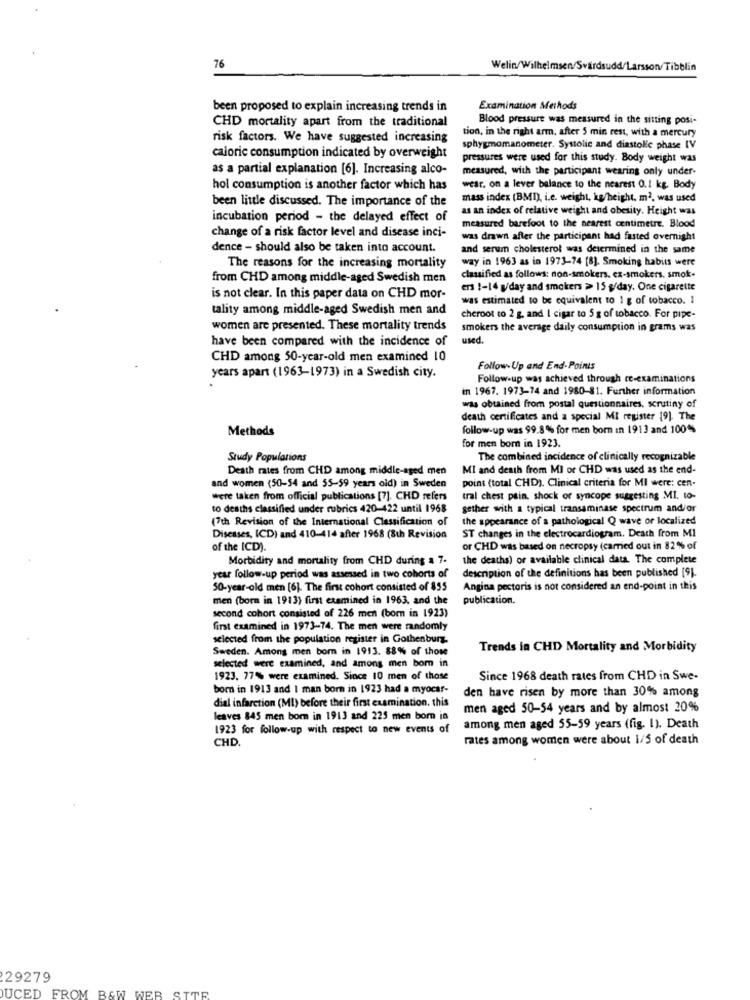
76
Welin/Wilhelmsen/Svärdsudd/Larsson/Tibblin
been proposed to explain increasing trends in
Examination Methods
CHD mortality apart from the traditional
Blood pressure was measured in the sitting posi-
tion, in the right arm, after 5 min rest, with a mercury
risk factors. We have suggested increasing
sphygmomanometer. Systolic and diastolic phase IV
caloric consumption indicated by overweight
pressures were used for this study. Body weight was
as a partial explanation [6]. Increasing alco-
measured, with the participant wearing only under-
hol consumption is another factor which has
wear. on a lever balance to the nearest 0.1 kg. Body
been little discussed. The importance of the
mass index (BMI), i.e. weight, kg/height, m2, was used
as an index of relative weight and obesity. Height was
incubation period - the delayed effect of
measured barefoot to the nearest centimetre. Blood
change of a risk factor level and disease inci-
was drawn after the participant had fasted overnight
dence - should also be taken into account.
and serum cholesterol was determined in the same
way in 1963 as in 1973-74 [8]. Smoking habits were
The reasons for the increasing mortality
from CHD among middle-aged Swedish men
classified as follows: non-smokers. cz-smokers, smok.
ers !- 14 g/day and smokers > 15 g/day. One cigarette
is not clear. In this paper data on CHD mor-
was estimated to be equivalent to 1 g of tobacco. 1
tality among middle-aged Swedish men and
cheroot to 2 g, and I cigar to 5 g of tobacco. For pipe-
women are presented. These mortality trends
smokers the average daily consumption in grams was
have been compared with the incidence of
used.
CHD among 50-year-old men examined 10
Follow-Up and End-Points
years apart (1963-1973) in a Swedish city.
Follow-up was achieved through re-examinations
in 1967. 1973-74 and 1980-81. Further information
was obtained from postal questionnaires, scrutiny of
death certificates and a special MI register 19). The
Methods
follow-up was 99.8% for men born in 1913 and 100%
for men bom in 1923.
Study Populations
The combined incidence of clinically recognizable
Death rates from CHD among middle-aged men
MI and death from MI or CHD was used as the end-
and women (50-54 and 55-59 years old) in Sweden
point (total CHD). Clinical criteria for MI were: cen-
were taken from official publications [7]. CHD refers
tral chest pain, shock or syncope suggesting MI, to-
to deaths classified under rubrics 420-422 until 1968
gether with a typical transaminase spectrum and/or
(7th Revision of the International Classification of
the appearance of a pathological Q wave or localized
Diseases, ICD) and 410-414 after 1968 (8th Revision
ST changes in the electrocardiogram. Death from MI
of the ICD).
or CHD was based on necropsy (carried out in 82% of
Morbidity and mortality from CHD during a 7.
the deaths) or available clinical data. The complete
description of the definitions has been published [9].
year follow-up period was assessed in two cohorts of
50-year-old men [6]. The first cohort consisted of 855
Angina pectoris is not considered an end-point in this
men (born in 1913) first examined in 1963, and the
publication.
second cohort consisted of 226 men (born in 1923)
first examined in 1973-74. The men were randomly
selected from the population register in Gothenburg.
Sweden. Among men born in 1913. 88% of those
Trends in CHD Mortality and Morbidity
selected were examined, and among men bom in
1923. 77% were examined. Since 10 men of those
Since 1968 death rates from CHD in Swe-
born in 1913 and 1 man born in 1923 had a myocar-
den have risen by more than 30% among
dial infarction (MI) before their first examination, this
men aged 50-54 years and by almost 20%
leaves 845 men bom in 1913 and 225 men bom in
1923 for follow-up with respect to new events of
among men aged 55-59 years (fig. 1). Death
CHD.
rates among women were about 1/5 of death
29279
DUCED FROM B&W WEB SITE